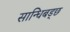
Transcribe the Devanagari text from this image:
सान्धिबड्छ